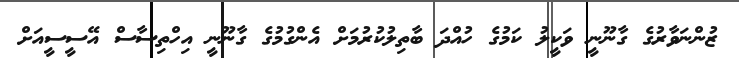
ޒުންނަވާރުގެ ގާނޫނީ ވަކީލު ކަމުގެ ހުއްދަ ބާތިލުކުރުމަށް އެންގުމުގެ ގާނޫނީ އިހްތިސާސް އޭސީސީއަށް